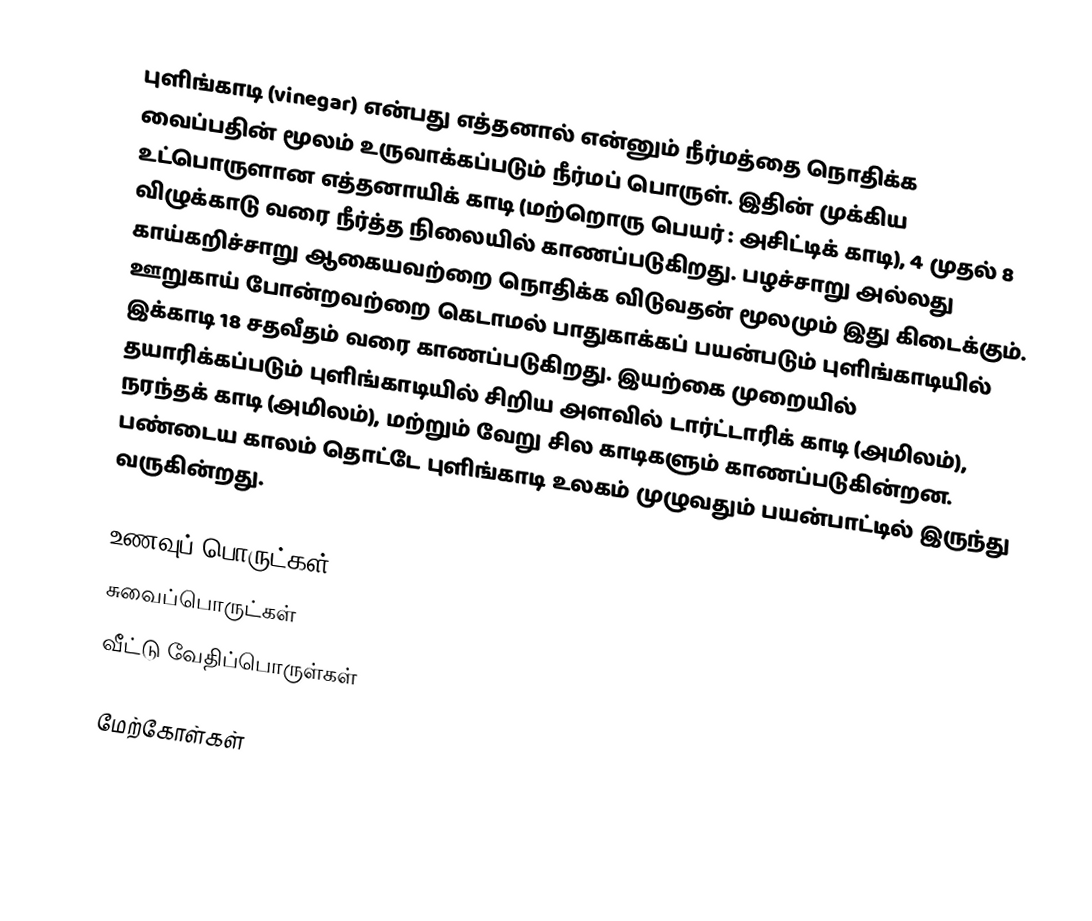
புளிங்காடி (vinegar) என்பது எத்தனால் என்னும் நீர்மத்தை நொதிக்க வைப்பதின் மூலம் உருவாக்கப்படும் நீர்மப் பொருள். இதின் முக்கிய உட்பொருளான எத்தனாயிக் காடி (மற்றொரு பெயர் : அசிட்டிக் காடி), 4 முதல் 8 விழுக்காடு வரை நீர்த்த நிலையில் காணப்படுகிறது. பழச்சாறு அல்லது காய்கறிச்சாறு ஆகையவற்றை நொதிக்க விடுவதன் மூலமும் இது கிடைக்கும். ஊறுகாய் போன்றவற்றை கெடாமல் பாதுகாக்கப் பயன்படும் புளிங்காடியில் இக்காடி 18 சதவீதம் வரை காணப்படுகிறது. இயற்கை முறையில் தயாரிக்கப்படும் புளிங்காடியில் சிறிய அளவில் டார்ட்டாரிக் காடி (அமிலம்), நரந்தக் காடி (அமிலம்), மற்றும் வேறு சில காடிகளும் காணப்படுகின்றன. பண்டைய காலம் தொட்டே புளிங்காடி உலகம் முழுவதும் பயன்பாட்டில் இருந்து வருகின்றது.

உணவுப் பொருட்கள்
சுவைப்பொருட்கள்
வீட்டு வேதிப்பொருள்கள்

மேற்கோள்கள்